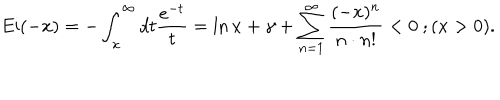
LaTeX: \mathrm { E i } ( - x ) = - \int _ { x } ^ { \infty } d t \frac { e ^ { - t } } { t } = \ln x + \gamma + \sum _ { n = 1 } ^ { \infty } \frac { ( - x ) ^ { n } } { n \cdot n ! } < 0 \ ; ( x > 0 ) .